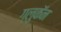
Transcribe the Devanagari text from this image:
ग्लुकॅन